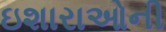
ઇશારાઓની